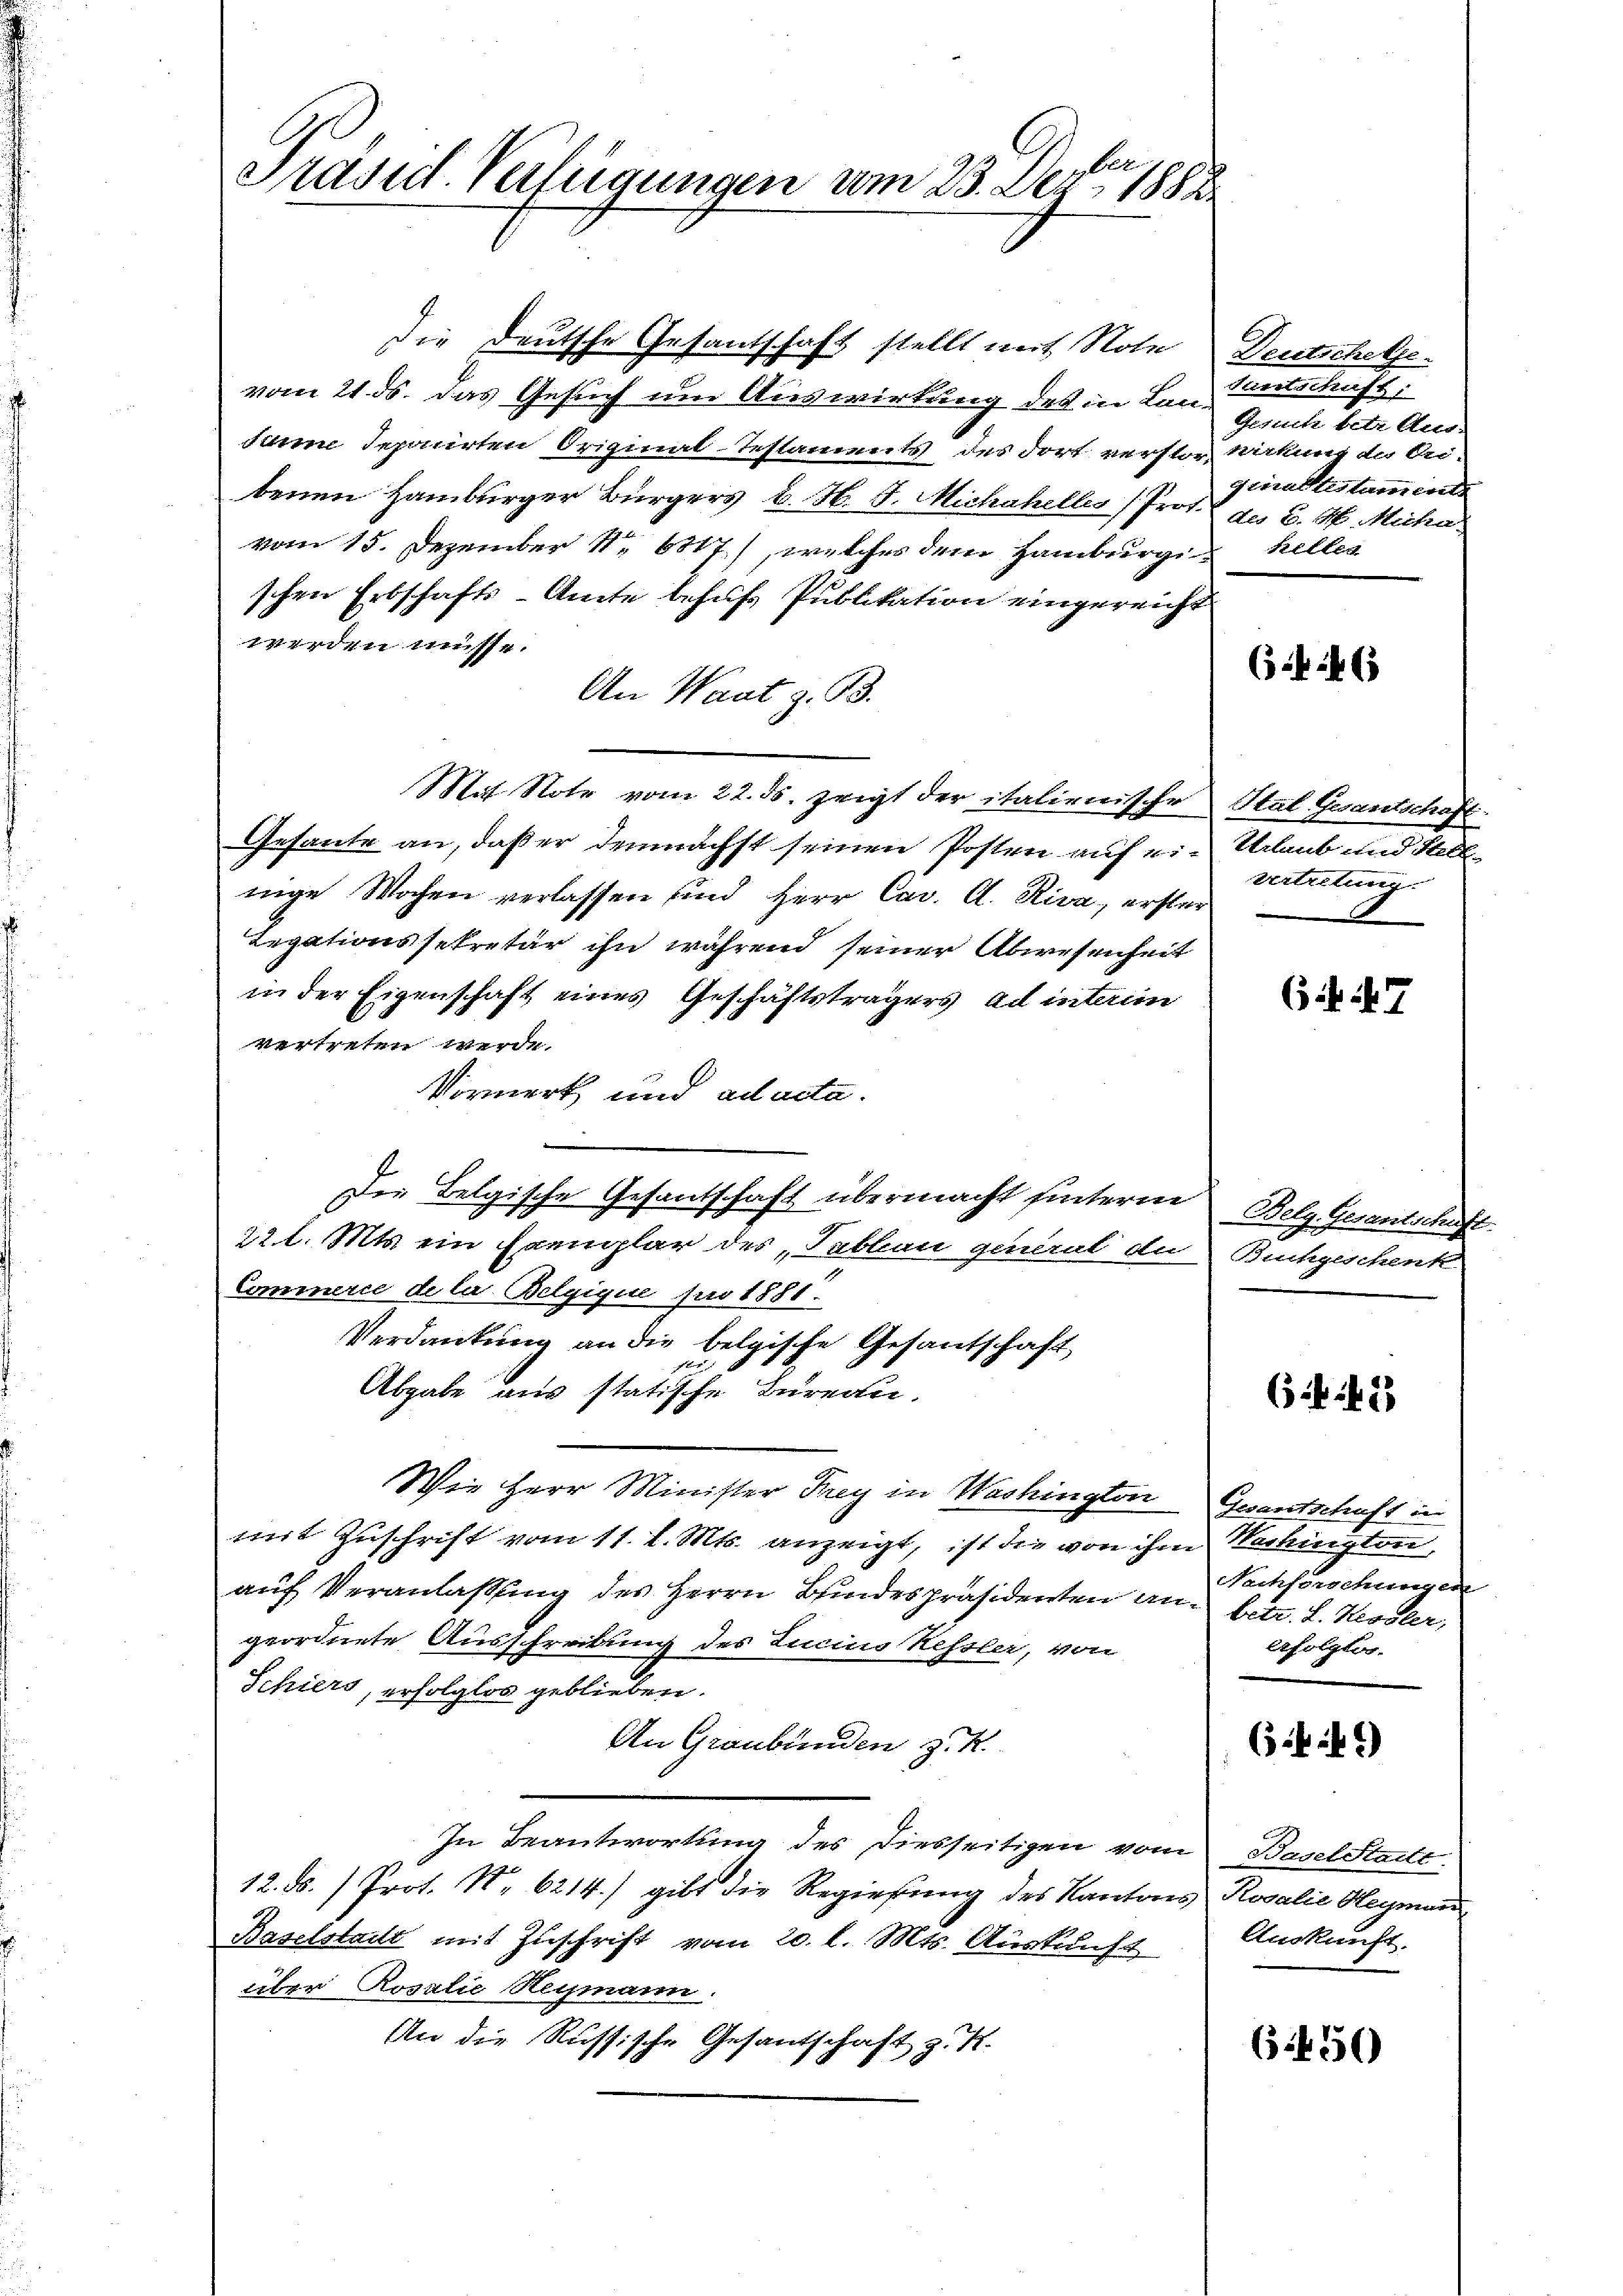
ber
Prasid. Verfügungen vom 23. Dez. 1883

Die Deutsche Gesandschaft stellt mit Note
vom 21. ds. das Gesuch um Auswirkung des in Lan
dann deponirten Original-Testaments des dort verstor-
benen Hamburger Bürgers u. H. d. Michahelles (Prot.
vom 15. Dezember N. 6817), welches dem Hamburgi-
schen Erbschafts-Amte behufs Publikation eingereicht
werden müsse.
An Waat z. B.
Mit Note vom 22. ds. zeigt der italienische
Gesante an, daß er demnächst seinen Posten auf einige Wochen verlassen und Herr Cav. A. Riva, ersten
Legationssekretär ihn während seiner Abwesenheit
in der Eigenschaft eines Geschäftsträgers ad interii
vertreten werde.
Vormerk und ad acta.
Der Belgische Gesantschaft übermacht hinterm
221. Mts ein Exemplar des „Tablau genrat de
Commerce de la Belgique pro 1881.
Verdankung an die belgische Gesantschaft,
e
Abgabe aus statische Bureau
Wie Herr Minister Frey in Washington
mit Zuschrift vom 11. 2. Mts. anzeigt, ist die von ihm
auf Veranlassung des Herrn Bundespräsidenten an-
geordnete Ausschreibung des Lucins Kessler, von
Schiers, erfolglos geblieben.
An Graubünden z. R.
In Beantwortung des Diesseitigen vom
12. N.) Prot. N. 6214. gibt die Regierung des Kantores,
Baselstadt mit Zuschrift vom 20. l. Mts. Auskunft
über Rosalie Regmann
An die Russische Gesantschaft z. R.

Deutschele.
Santschaft:
Gesuch betr. Aus:
Wirkung der Ei-
giraltestament
des C. H. Micha
Kellen

655. 63

Stul Gesantschaft
Urlaub und Stell-
Urteilung.

635. 7

Belg. Gesantschaft.
Buchgeschenk

652 f. 2

Gesandtschaft in
Vechington
Nachforschungen
betr. L. Kissler,
erfolgtes.

636 f.)

Baselsteilt
Rosalie Heymand
Auskunft.

6450